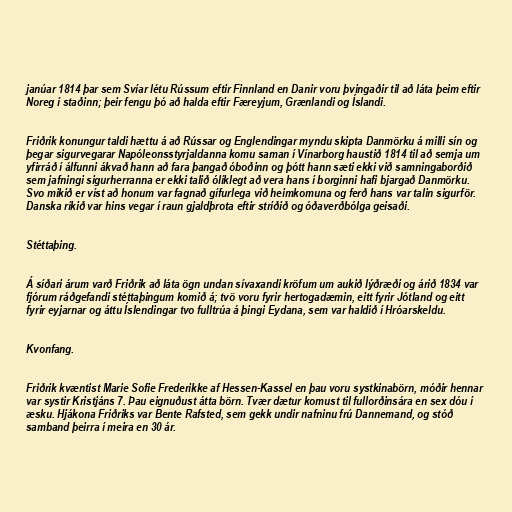
janúar 1814 þar sem Svíar létu Rússum eftir Finnland en Danir voru þvingaðir til að láta þeim eftir
Noreg í staðinn; þeir fengu þó að halda eftir Færeyjum, Grænlandi og Íslandi.

Friðrik konungur taldi hættu á að Rússar og Englendingar myndu skipta Danmörku á milli sín og
þegar sigurvegarar Napóleonsstyrjaldanna komu saman í Vínarborg haustið 1814 til að semja um
yfirráð í álfunni ákvað hann að fara þangað óboðinn og þótt hann sæti ekki við samningaborðið
sem jafningi sigurherranna er ekki talið ólíklegt að vera hans í borginni hafi bjargað Danmörku.
Svo mikið er víst að honum var fagnað gífurlega við heimkomuna og ferð hans var talin sigurför.
Danska ríkið var hins vegar í raun gjaldþrota eftir stríðið og óðaverðbólga geisaði.

Stéttaþing.

Á síðari árum varð Friðrik að láta ögn undan sívaxandi kröfum um aukið lýðræði og árið 1834 var
fjórum ráðgefandi stéttaþingum komið á; tvö voru fyrir hertogadæmin, eitt fyrir Jótland og eitt
fyrir eyjarnar og áttu Íslendingar tvo fulltrúa á þingi Eydana, sem var haldið í Hróarskeldu.

Kvonfang.

Friðrik kvæntist Marie Sofie Frederikke af Hessen-Kassel en þau voru systkinabörn, móðir hennar
var systir Kristjáns 7. Þau eignuðust átta börn. Tvær dætur komust til fullorðinsára en sex dóu í
æsku. Hjákona Friðriks var Bente Rafsted, sem gekk undir nafninu frú Dannemand, og stóð
samband þeirra í meira en 30 ár.